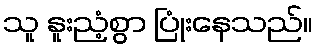
သူ နူးညံ့စွာ ပြုံးနေသည်။